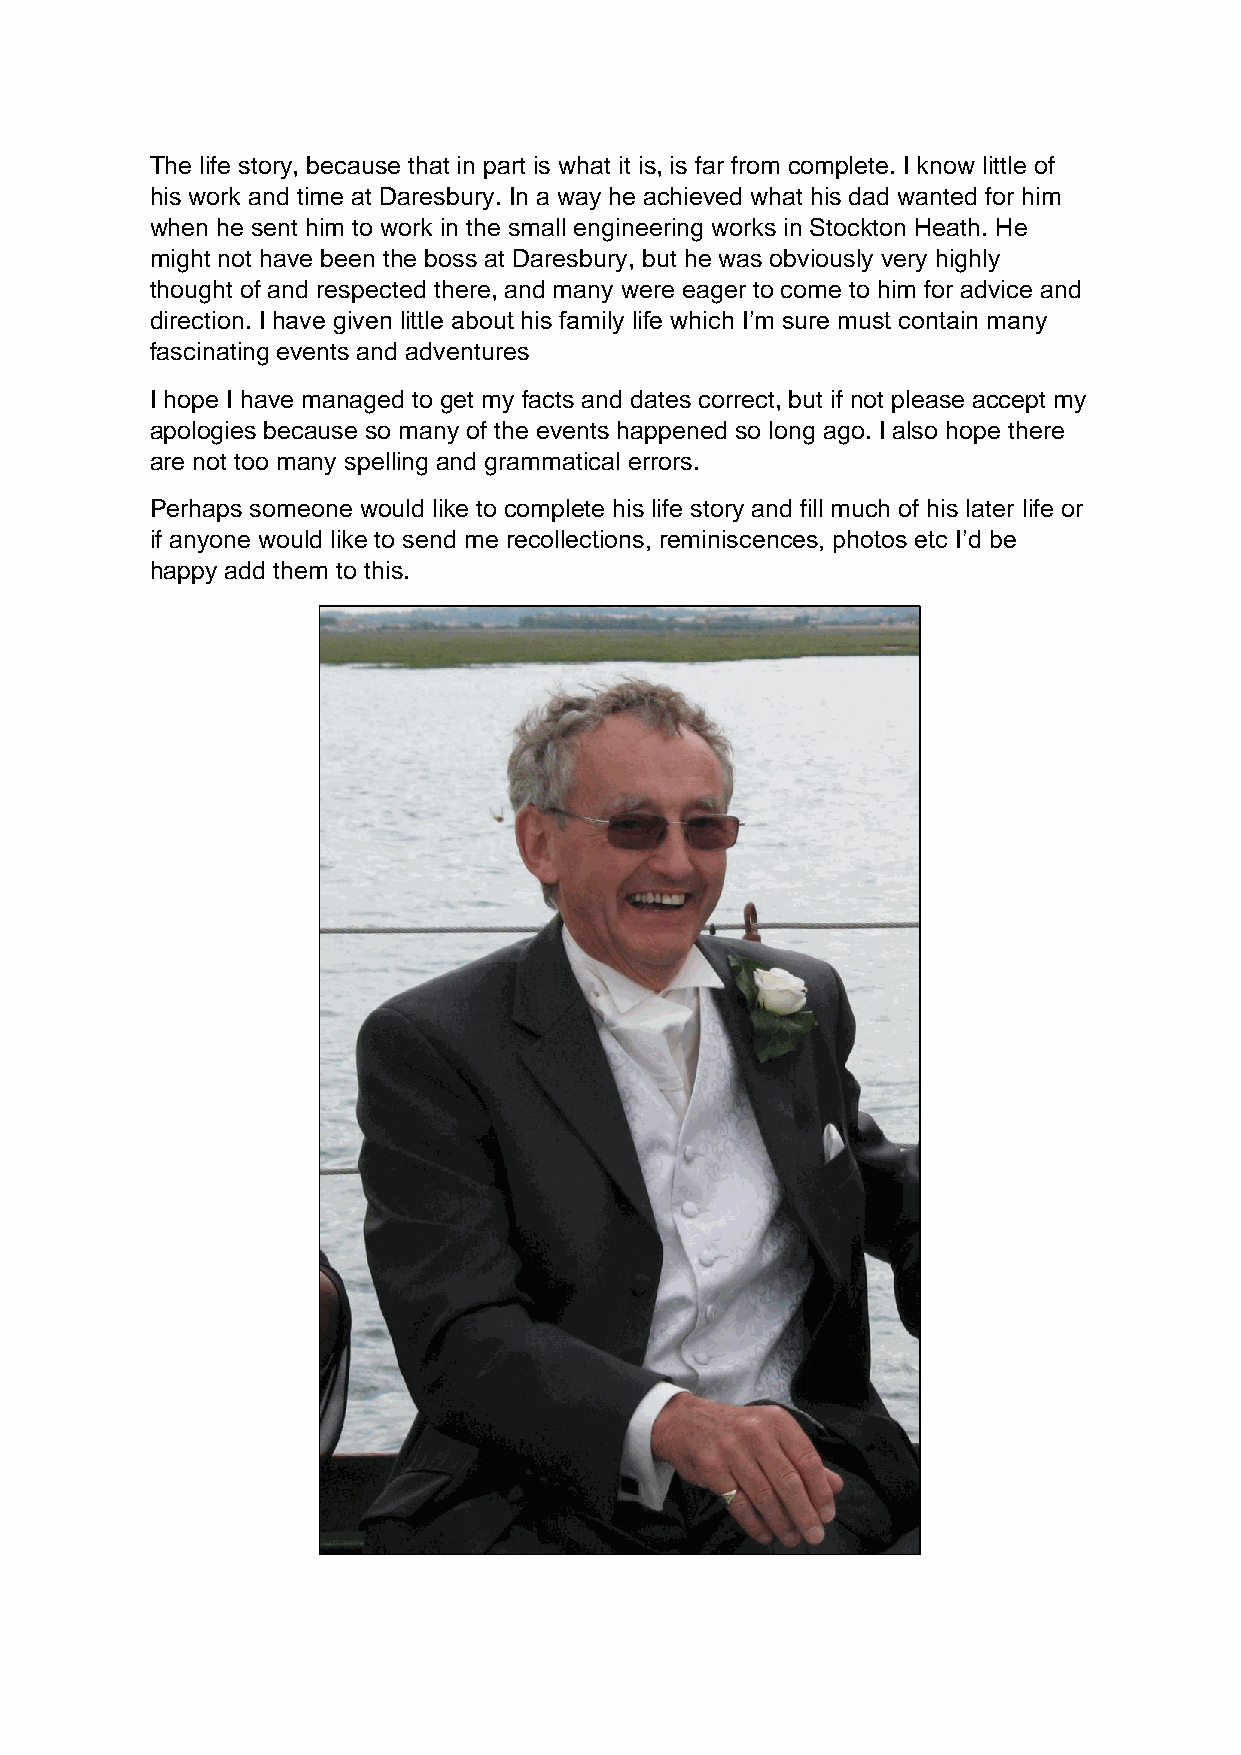
The life story, because that in part is what it is, is far from complete. I know little of
 his work and time at Daresbury. In a way he achieved what his dad wanted for him
 when he sent him to work in the small engineering works in Stockton Heath. He
 might not have been the boss at Daresbury, but he was obviously very highly
 thought of and respected there, and many were eager to come to him for advice and
 direction. I have given little about his family life which I’m sure must contain many
 fascinating events and adventures
 I hope I have managed to get my facts and dates correct, but if not please accept my
 apologies because so many of the events happened so long ago. I also hope there
 are not too many spelling and grammatical errors.
 Perhaps someone would like to complete his life story and fill much of his later life or
 if anyone would like to send me recollections, reminiscences, photos etc I’d be
 happy add them to this.